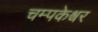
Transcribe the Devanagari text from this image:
चम्पकेश्वर